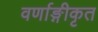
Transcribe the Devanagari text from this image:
वर्णाङ्गीकृत